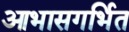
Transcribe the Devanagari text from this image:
आभासगर्भित